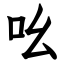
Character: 吆